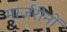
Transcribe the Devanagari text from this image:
मार्जरीनों